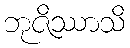
ဘုဇိဿာသိ